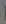
(